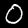
Digit: 0